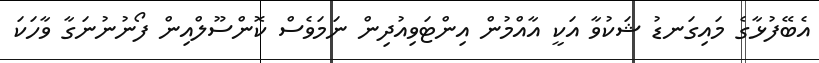
އެބޭފުޅާގެ މައިގަނޑު ޝަކުވާ އަކީ އާއްމުން އިންޓަވިއުދިން ނަމަވެސް ކޮންސޫލްއިން ފޯނުނުނަގާ ވާހަކަ